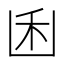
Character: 𠚉